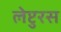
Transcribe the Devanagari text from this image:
लेप्टुरस